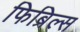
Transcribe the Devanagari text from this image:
फिब्रिल्स